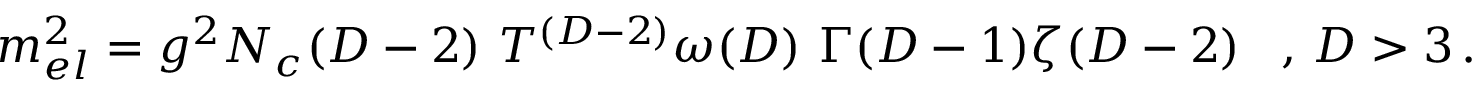
m _ { e l } ^ { 2 } = g ^ { 2 } N _ { c } ( D - 2 ) \ T ^ { ( D - 2 ) } \omega ( D ) \ \Gamma ( D - 1 ) \zeta ( D - 2 ) \; \; \; , \, D > 3 \, .